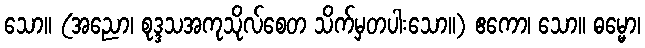
သော။ (အညော၊ စုဒ္ဒသအကုသိုလ်စေတ သိက်မှတပါးသော။) ဧကော၊ သော။ ဓမ္မော၊